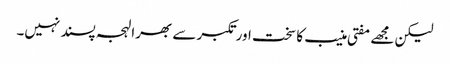
لیکن مجھے مفتی منیب کا سخت اور تکبر سے بھرا لہجہ پسند نہیں۔